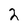
Character: 2